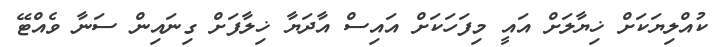
ކުއްލިޔަކަށް ޚިޔާލަށް އައީ މިފަހަކަށް އައިސް އާދަޔާ ޚިލާފަށް ގިނައިން ސަނާ ވެއްޓޭ